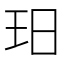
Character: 𱮳